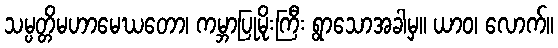
သမ္ပတ္တိမဟာမေဃတော၊ ကမ္ဘာပြုမိုးကြီး ရွာသောအခါမှ။ ယာဝ၊ လောက်။